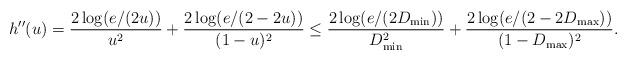
LaTeX: \begin{align*}h''(u)= \frac{2 \log(e/(2u))}{u^2} + \frac{2 \log(e/(2 - 2u))}{(1 - u)^2}\leq \frac{2 \log(e/(2 D_{\min}))}{D_{\min}^2} + \frac{2 \log(e/(2 - 2D_{\max}))}{(1 - D_{\max})^2}.\end{align*}